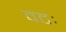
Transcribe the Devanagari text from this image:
वटः